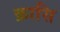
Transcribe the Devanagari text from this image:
क्रासि